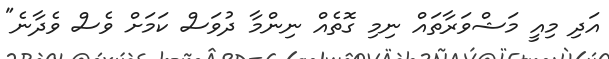
އަދި މިއީ މަޝްވަރާތައް ނިމި ގޮތެއް ނިންމާ ދުވަސް ކަމަށް ވެސް ވެދާނެ"